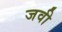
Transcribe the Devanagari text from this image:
जवी